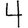
Digit: 4